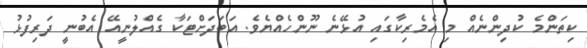
ކިތަންމެ ކުދިންނެއް މި އެމެރިކާގައި އުޅޭނެ ނޫންހެއްޔެވެ. އަބަދަށްޓަކާ ގެއްލުނީއޭ އެބުނީ ދަރިފުޅު